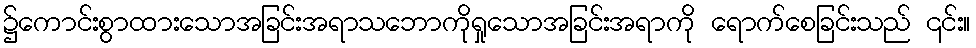
၌ကောင်းစွာထားသောအခြင်းအရာသဘောကိုရှုသောအခြင်းအရာကို ရောက်စေခြင်းသည် ၎င်း။